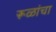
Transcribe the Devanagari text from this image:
रूळांचा